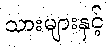
သားများနှင့်